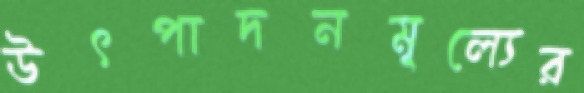
উৎপাদনমূল্যের